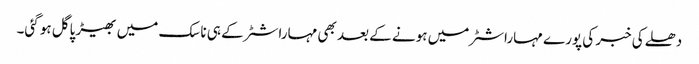
دھلے کی خبر کی پورے مہاراشٹر میں ہونے کے بعد بھی مہاراشٹر کے ہی ناسک میں بھیڑ پاگل ہو گئی۔